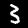
Label: 3